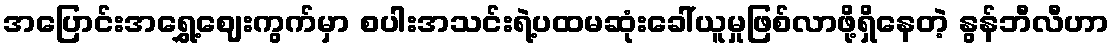
အပြောင်းအရွှေ့ဈေးကွက်မှာ စပါးအသင်းရဲ့ပထမဆုံးခေါ်ယူမှုဖြစ်လာဖို့ရှိနေတဲ့ နွန်ဘီလီဟာ